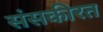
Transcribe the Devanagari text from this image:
संसकीरत